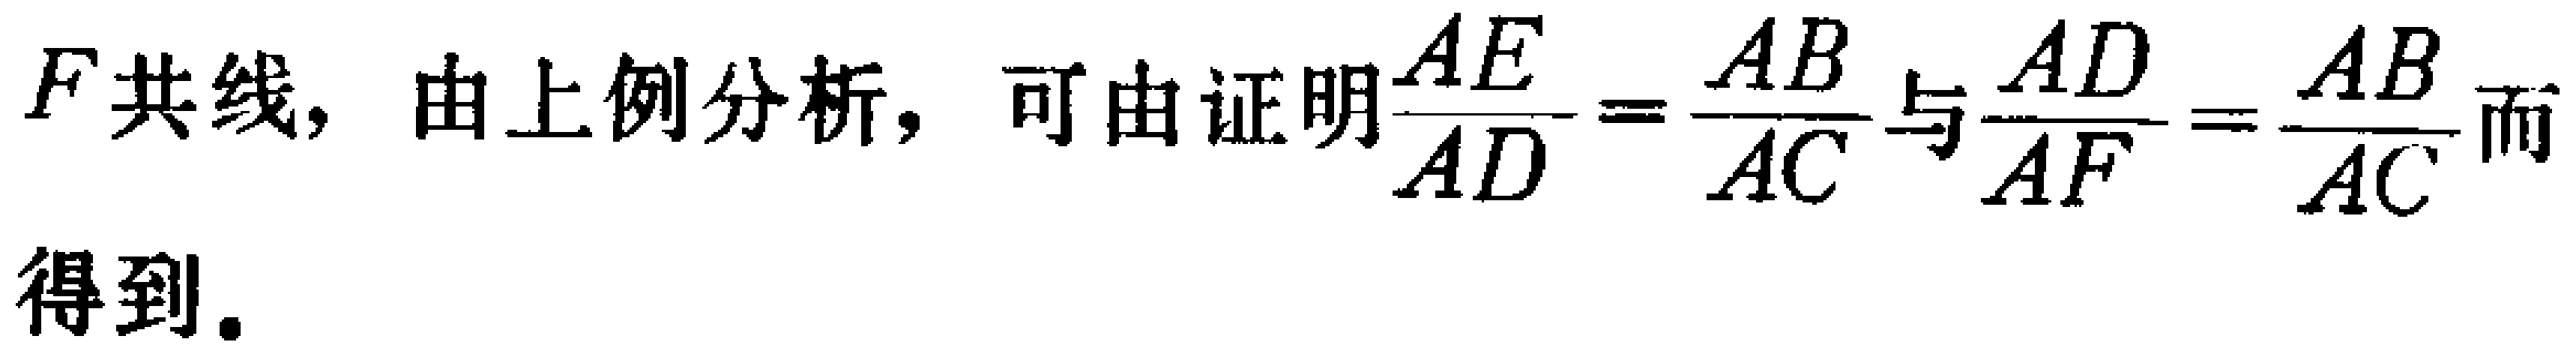
$F共线, 由上例分析, 可由证明\frac{AE}{AD}=\frac{AB}{AC}与\frac{AD}{AF}=\frac{AB}{AC}而得到.$